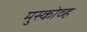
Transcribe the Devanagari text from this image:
मुस्कोव्ह